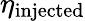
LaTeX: \eta_{\mathrm{injected}}